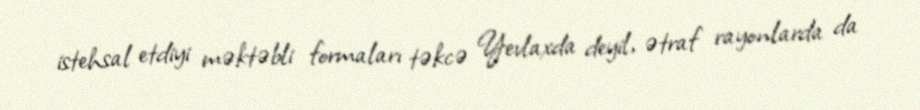
istehsal etdiyi məktəbli formaları təkcə Yevlaxda deyil, ətraf rayonlarda da